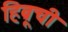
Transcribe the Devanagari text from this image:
हिब्रूची